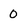
Character: 0